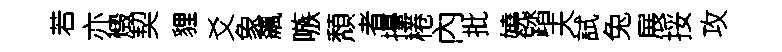
若亦燬契貍爻象飆嗾頽者擡棬內批嬈踏夫試兔展挼攻